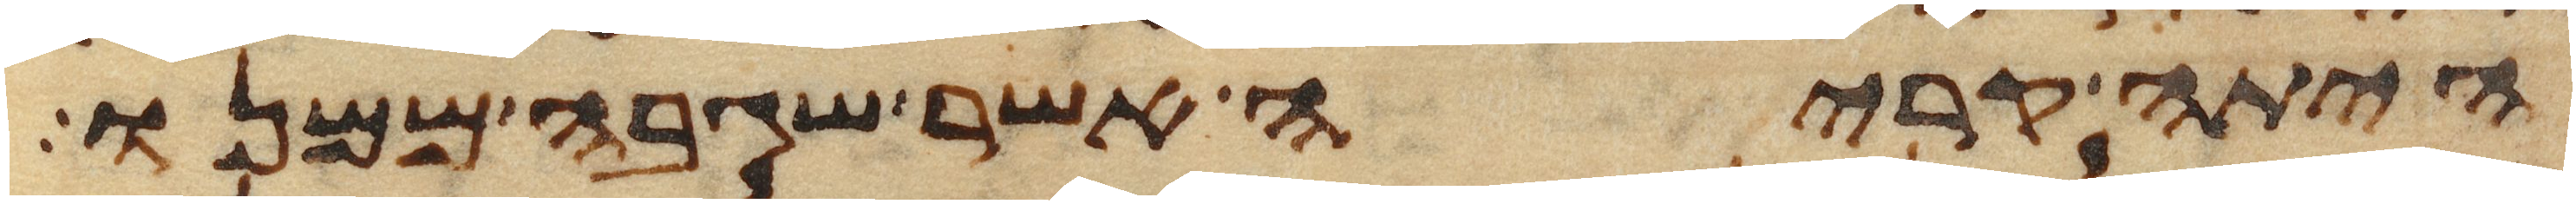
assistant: היתה קריה אשר שגבה ממנו